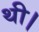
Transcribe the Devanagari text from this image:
थी।